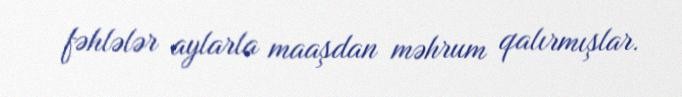
fəhlələr aylarla maaşdan məhrum qalırmışlar.